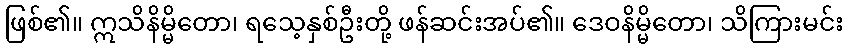
ဖြစ်၏။ ဣသိနိမ္မိတော၊ ရသေ့နှစ်ဦးတို့ ဖန်ဆင်းအပ်၏။ ဒေဝနိမ္မိတော၊ သိကြားမင်း